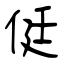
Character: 侹